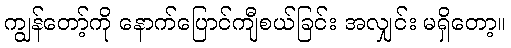
ကျွန်တော့်ကို နောက်ပြောင်ကျီစယ်ခြင်း အလျှင်း မရှိတော့။